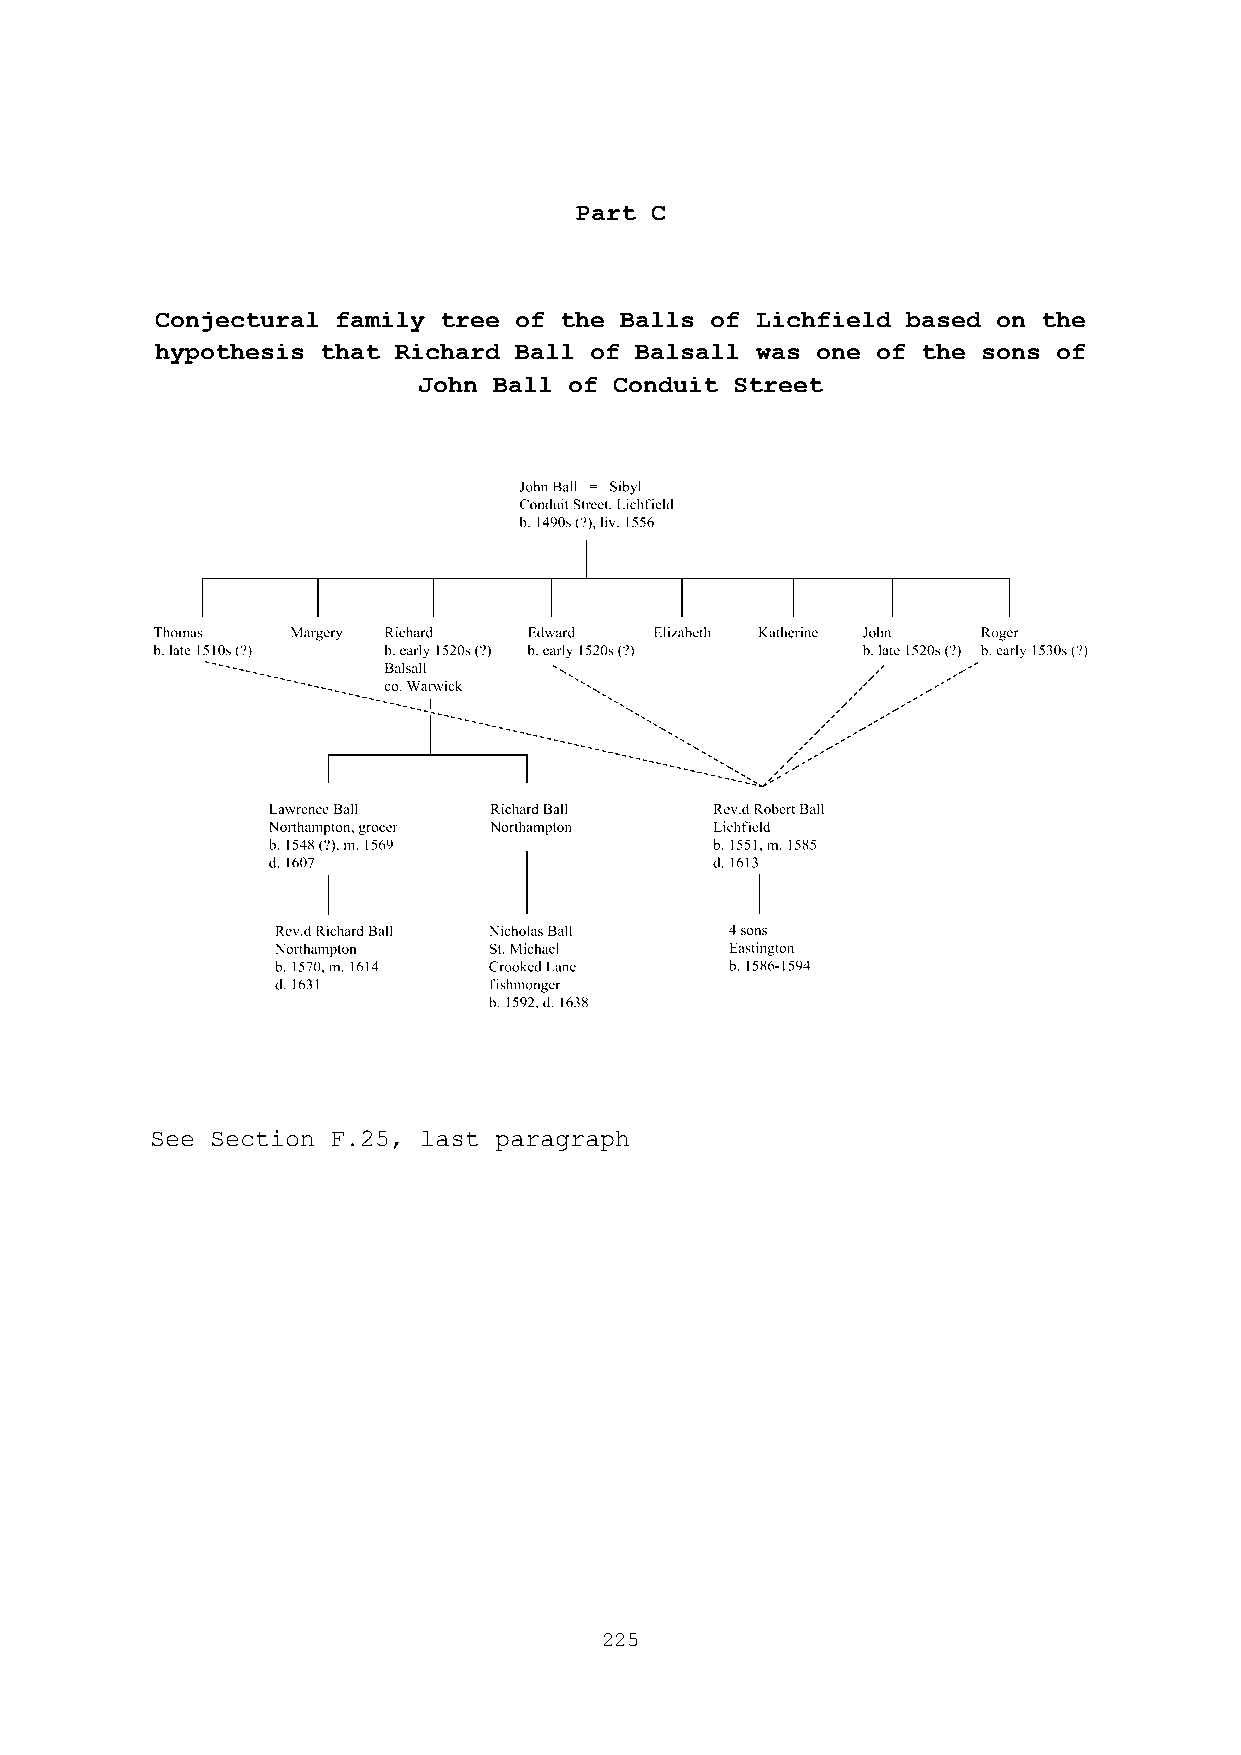
Part C
 Conjectural family tree of the Balls of Lichfield based on the
 hypothesis that Richard Ball of Balsall was one of the sons of
 John Ball of Conduit Street
 See Section F.25, last paragraph
 225